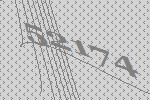
52174